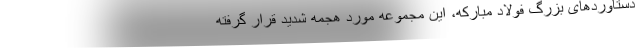
دستاوردهای بزرگ فولاد مبارکه، این مجموعه مورد هجمه شدید قرار گرفته